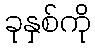
ခုနှစ်ကို